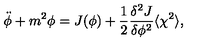
\ddot { \phi } + m ^ { 2 } { \phi } = J ( \phi ) + \frac { 1 } { 2 } \frac { { \delta } ^ { 2 } J } { { \delta } { \phi } ^ { 2 } } \langle { \chi } ^ { 2 } \rangle ,